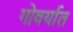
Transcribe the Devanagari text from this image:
गोवर्यात